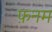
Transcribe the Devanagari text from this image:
फ़नम